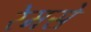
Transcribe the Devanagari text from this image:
रेमसे